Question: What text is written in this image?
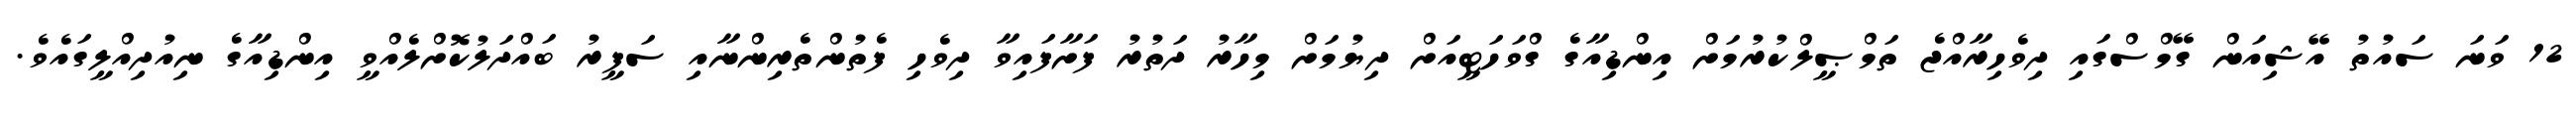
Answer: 12 ވަނަ ސައުތު އޭޝިއަން ގޭމްސްގައި ދިވެހިރާއްޖެ ތަމްޞީލްކުރުމަށް އިންޑިއާގެ ގްވަހަޓީއަށް ދިޔުމަށް މިހާރު ދަތުރު ފަށާފައިވާ ދިވެހި ފެތުންތެރިންނާއި ސަފީރު ބައްދަލުކޮށްލެއްވީ އިންޑިއާގެ ނިއުދިއްލީގައެވެ.